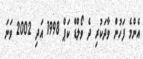
އެންމެ ފަހުން ވާދަކުރި ދެ ވޯލްޑް ކަޕް 1998 އަދި 2002 ވަނަ